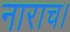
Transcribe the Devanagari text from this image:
नाराच।